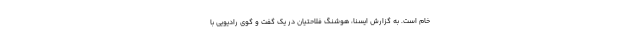
خام است. به گزارش ایسنا، هوشنگ فلاحتیان در یک گفت و گوی رادیویی با